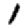
Digit: 1